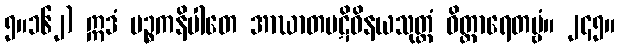
၅။၁၆၂) ဣဒံ ပဉ္စကနိပါတေ အာဃာတပဋိဝိနယသုတ္တံ ဝိတ္ထာရေတဗ္ဗံ။ ၂၄၅။